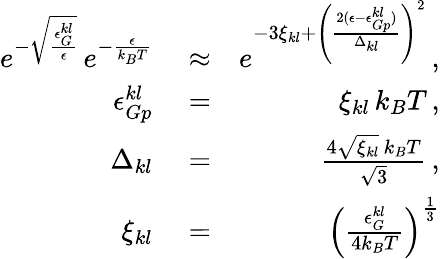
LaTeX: \begin{array}{rlr}{e^{-\sqrt{\frac{\epsilon_{G}^{kl}}{\epsilon}}}\, e^{-\frac{\epsilon}{k_{B}T}}}&{{}\approx}&{e^{-3\xi_{kl}+\left(\frac{2(\epsilon-\epsilon_{Gp}^{kl})}{\Delta_{kl}}\right)^{2}}\, ,}\\ {\epsilon_{Gp}^{kl}}&{{}=}&{\xi_{kl}\, k_{B}T\, ,}\\ {\Delta_{kl}}&{{}=}&{\frac{4\sqrt{\xi_{kl}}\, k_{B}T}{\sqrt{3}}\, ,}\\ {\xi_{kl}}&{{}=}&{\left(\frac{\epsilon_{G}^{kl}}{4k_{B}T}\right)^{\frac{1}{3}}}\end{array}